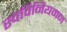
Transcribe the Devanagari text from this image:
स्वविनियमन